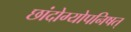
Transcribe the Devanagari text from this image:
छांदोग्योपनिषत्